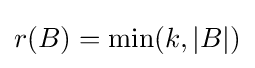
r(B)=\min(k,|B|)